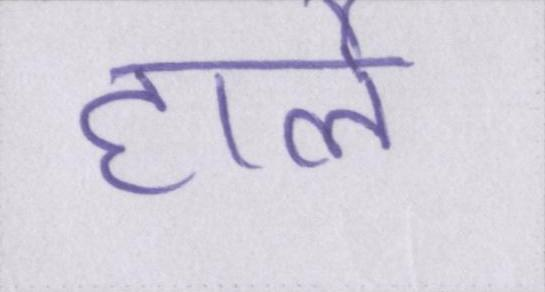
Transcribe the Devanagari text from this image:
हार्ले